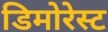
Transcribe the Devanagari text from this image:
डिमोरेस्ट